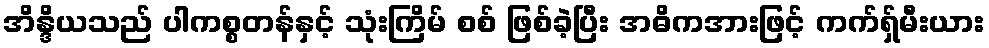
အိန္ဒိယသည် ပါကစ္စတန်နှင့် သုံးကြိမ် စစ် ဖြစ်ခဲ့ပြီး အဓိကအားဖြင့် ကက်ရှ်မီးယား